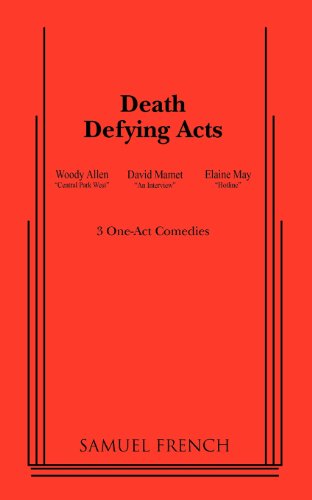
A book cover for Death Defying Acts; Woody Allen; Literature & Fiction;